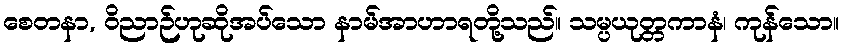
စေတနာ, ဝိညာဉ်ဟုဆိုအပ်သော နာမ်အာဟာရတို့သည်။ သမ္ပယုတ္တကာနံ၊ ကုန်သော။